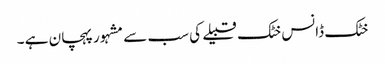
خٹک ڈانس خٹک قبیلے کی سب سے مشہور پہچان ہے ۔